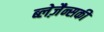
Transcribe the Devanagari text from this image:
ब्लेज़ैन्सकी